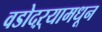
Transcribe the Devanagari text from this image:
वडोदऱ्यामधून